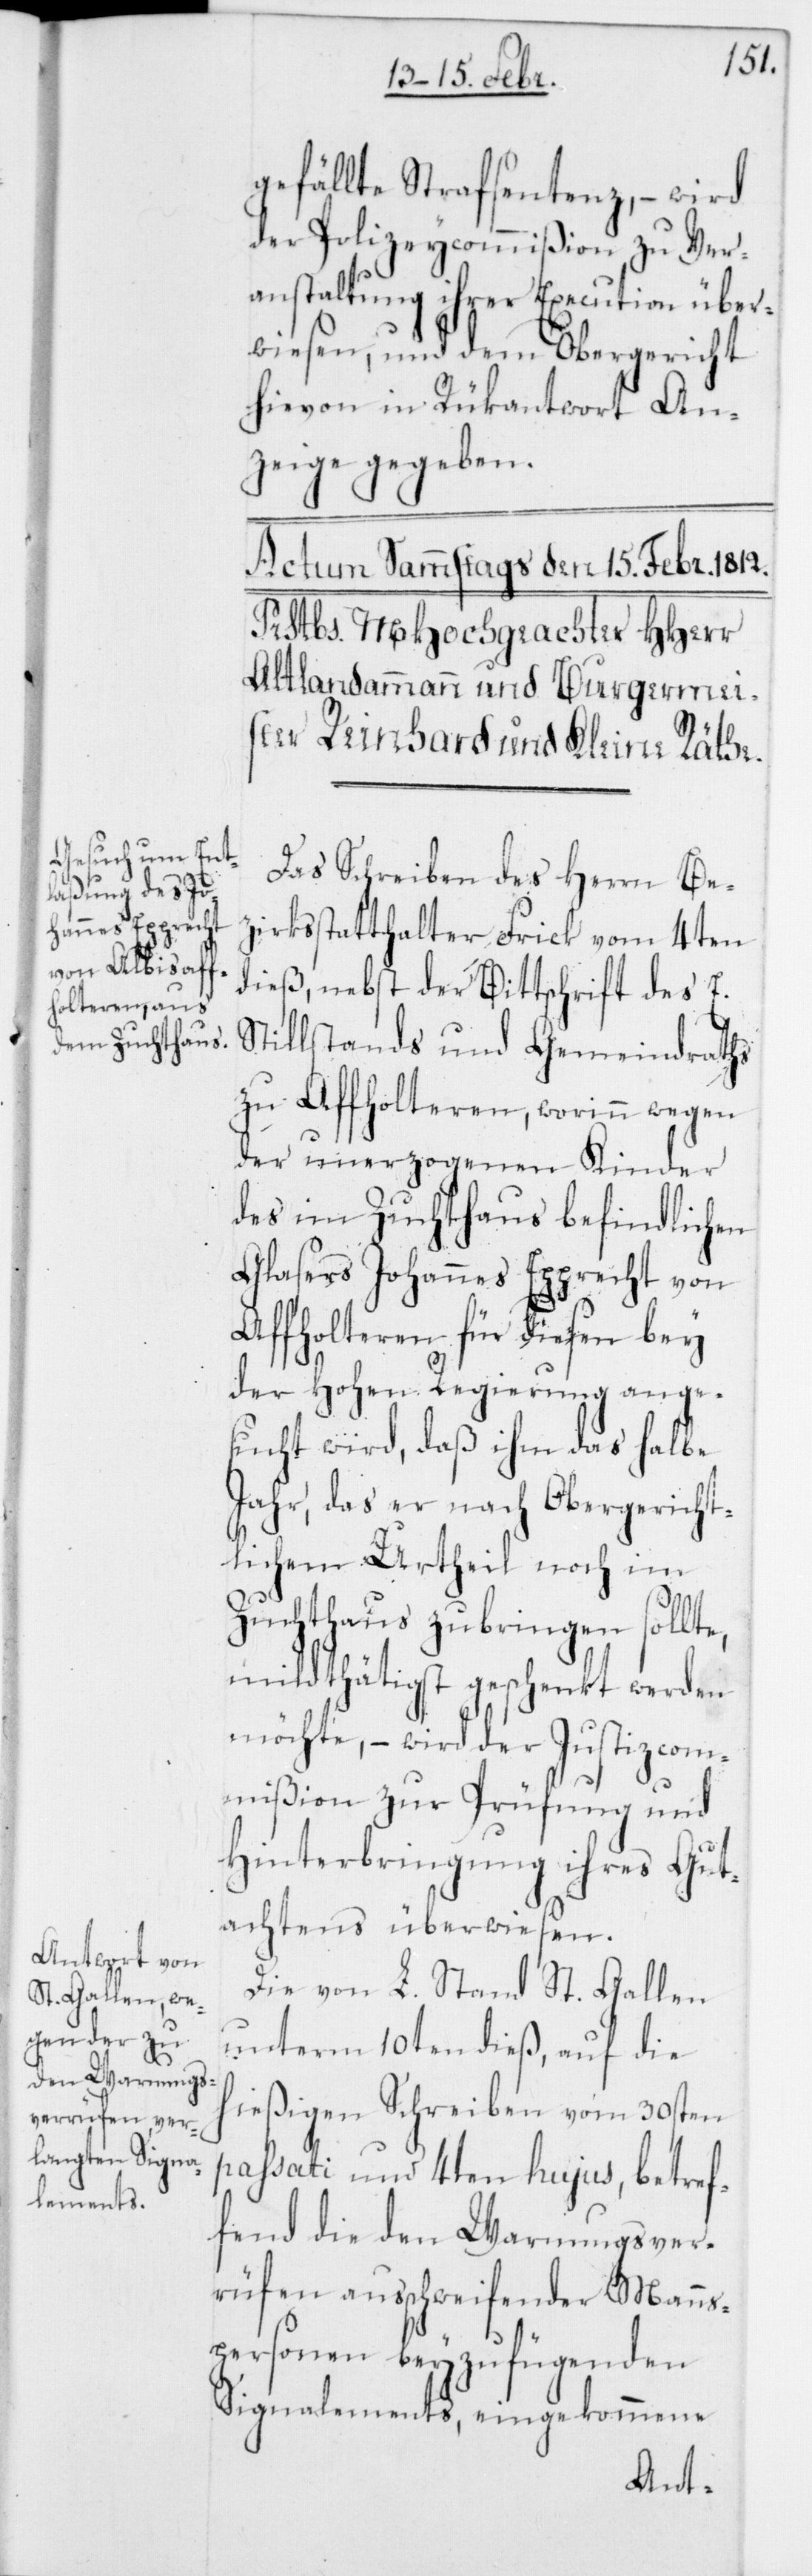
gefällte Strafsentenz, – wird
der Polizeycommißion zu Ver¬
anstaltung ihrer Execution über¬
wiesen, und dem Obergericht
hievon in Rükantwort An¬
zeige gegeben.
Das Schreiben des Herrn Be¬
zirksstatthalter Frick vom 4ten
dieß, nebst der Bittschrift des E.
Stillstands und Gemeindraths
zu Affholteren, worinn wegen
der unerzogenen Kinder
des im Zuchthaus befindlichen
Glasers Johannes Epprecht von
Affholteren für diesen bey
der Hohen Regierung ange¬
sucht wird, daß ihm das halbe
Jahr, das er nach Obergericht¬
lichem Urtheil noch im
Zuchthause zubringen sollte,
mildthätigst geschenkt werden
möchte, – wird der Justizcom¬
mißion zur Prüfung und
Hinterbringung ihres Gut¬
achtens überwiesen.
Die von L. Stand St. Gallen
unterm 10ten dieß, auf die
hießigen Schreiben vom 30sten
passati und 4ten hujus, betref¬
fend die den Warnungsver¬
rüfen ausschweifender Mann¬
spersonen beyzufügenden
Signalements, eingekommene